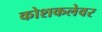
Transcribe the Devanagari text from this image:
कोशकलेवर